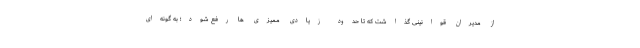
از مدیران قوانینی گذاشت که تا حدود زیادی ممیزی ها رفع شود؛ به گونه‌ای